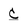
Character: c